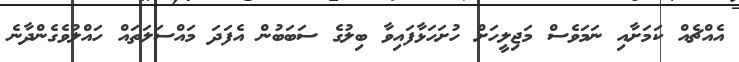
އެއްޗެއް ކަމަށާއި ނަމަވެސް މަޖިލީހަށް ހުށަހަޅާފައިވާ ބިލުގެ ސަބަބުން އެފަދަ މައްސަލަތައް ހައްލުވެގެންދާނެ